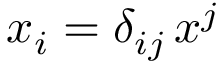
x _ { i } = \delta _ { i j } \, x ^ { j }